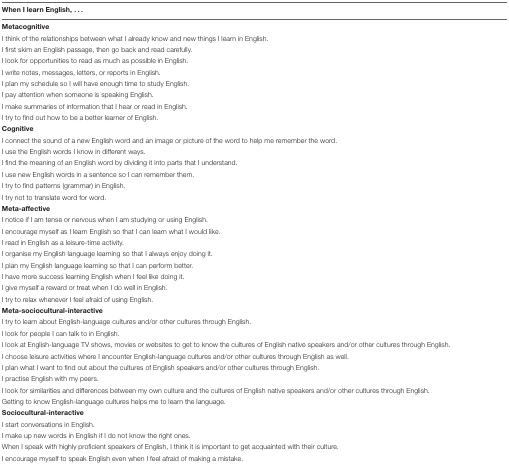
<table><thead><tr><td><b>When I learn English, ...</b></td></tr></thead><tbody><tr><td><b>Metacognitive</b></td></tr><tr><td>I think of the relationships between what I already know and new things I learn in English.</td></tr><tr><td>I first skim an English passage, then go back and read carefully.</td></tr><tr><td>I look for opportunities to read as much as possible in English.</td></tr><tr><td>I write notes, messages, letters, or reports in English.</td></tr><tr><td>I plan my schedule so I will have enough time to study English.</td></tr><tr><td>I pay attention when someone is speaking English.</td></tr><tr><td>I make summaries of information that I hear or read in English.</td></tr><tr><td>I try to find out how to be a better learner of English.</td></tr><tr><td><b>Cognitive</b></td></tr><tr><td>I connect the sound of a new English word and an image or picture of the word to help me remember the word.</td></tr><tr><td>I use the English words I know in different ways.</td></tr><tr><td>I find the meaning of an English word by dividing it into parts that I understand.</td></tr><tr><td>I use new English words in a sentence so I can remember them.</td></tr><tr><td>I try to find patterns (grammar) in English.</td></tr><tr><td>I try not to translate word for word.</td></tr><tr><td><b>Meta-affective</b></td></tr><tr><td>I notice if I am tense or nervous when I am studying or using English.</td></tr><tr><td>I encourage myself as I learn English so that I can learn what I would like.</td></tr><tr><td>I read in English as a leisure-time activity.</td></tr><tr><td>I organise my English language learning so that I always enjoy doing it.</td></tr><tr><td>I plan my English language learning so that I can perform better.</td></tr><tr><td>I have more success learning English when I feel like doing it.</td></tr><tr><td>I give myself a reward or treat when I do well in English.</td></tr><tr><td>I try to relax whenever I feel afraid of using English.</td></tr><tr><td><b>Meta-sociocultural-interactive</b></td></tr><tr><td>I try to learn about English-language cultures and/or other cultures through English.</td></tr><tr><td>I look for people I can talk to in English.</td></tr><tr><td>I look at English-language TV shows, movies or websites to get to know the cultures of English native speakers and/or other cultures through English.</td></tr><tr><td>I choose leisure activities where I encounter English-language cultures and/or other cultures through English as well.</td></tr><tr><td>I plan what I want to find out about the cultures of English speakers and/or other cultures through English.</td></tr><tr><td>I practise English with my peers.</td></tr><tr><td>I look for similarities and differences between my own culture and the cultures of English native speakers and/or other cultures through English.</td></tr><tr><td>Getting to know English-language cultures helps me to learn the language.</td></tr><tr><td><b>Sociocultural-interactive</b></td></tr><tr><td>I start conversations in English.</td></tr><tr><td>I make up new words in English if I do not know the right ones.</td></tr><tr><td>When I speak with highly proficient speakers of English, I think it is important to get acquainted with their culture.</td></tr><tr><td>I encourage myself to speak English even when I feel afraid of making a mistake.</td></tr></tbody></table>